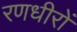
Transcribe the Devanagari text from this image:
रणधीरों